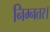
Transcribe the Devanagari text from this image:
निम्नतर।